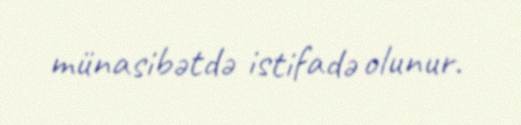
münasibətdə istifadə olunur.